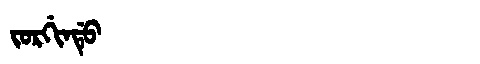
Manchu: ᠵᠣᡵᡤᡳᠨᡩᡠ
Romanization: JORGINDU